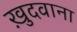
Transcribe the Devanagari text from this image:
ख़ुदवाना